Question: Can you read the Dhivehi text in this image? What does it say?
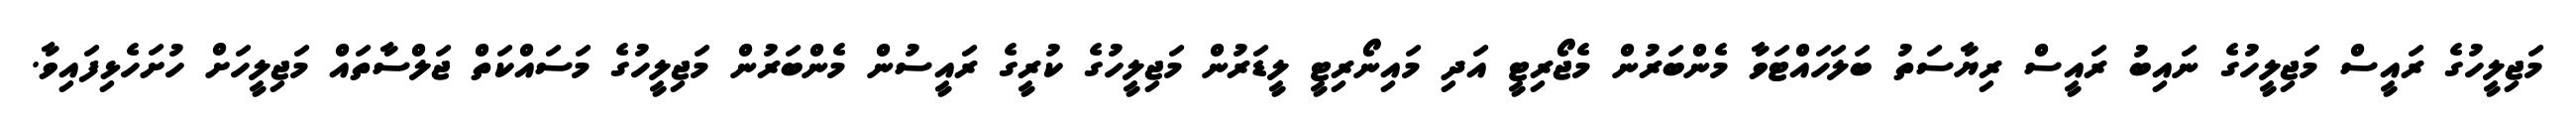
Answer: މަޖިލީހުގެ ރައީސް މަޖިލީހުގެ ނައިބު ރައީސް ރިޔާސަތު ބަލަހައްޓަވާ މެންބަރުން މެޖޯރިޓީ އަދި މައިނޯރިޓީ ލީޑަރުން މަޖިލީހުގެ ކުރީގެ ރައީސުން މެންބަރުން މަޖިލީހުގެ މަސައްކަތް ޖަލްސާތައް މަޖިލީހަށް ހުށަހެޅިފައިވާ.